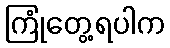
ကြုံတွေ့ရပါက